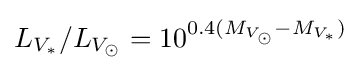
L_{V_{\ast }}/L_{V_{\odot }}=10^{0.4(M_{V_{\odot }}-M_{V_{\ast }})}